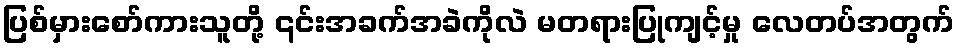
ပြစ်မှားစော်ကားသူတို့ ၎င်းအခက်အခဲကိုလဲ မတရားပြုကျင့်မှု လေတပ်အတွက်